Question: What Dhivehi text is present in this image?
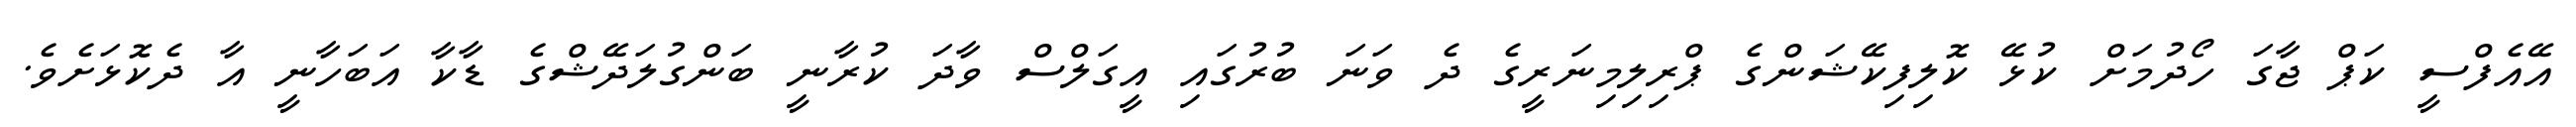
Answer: އޭއެފްސީ ކަޕް ޖާގަ ހޯދުމަށް ކުޅޭ ކޮލިފިކޭޝަންގެ ޕްރިލިމިނަރީގެ ދެ ވަނަ ބުރުގައި އީގަލްސް ވާދަ ކުރާނީ ބަންގުލަދޭޝްގެ ޑާކާ އަބަހާނީ އާ ދެކޮޅަށެވެ.